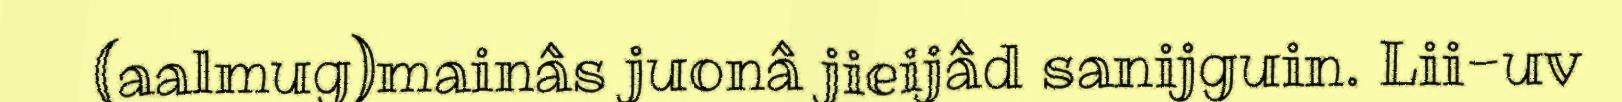
(aalmug)mainâs juonâ jieijâd sanijguin. Lii-uv